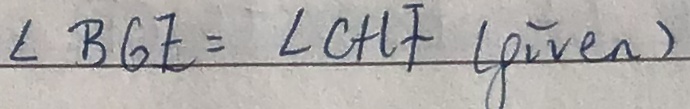
\angle B G E = \angle C H F ( g i v e n )